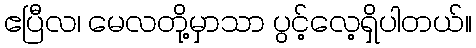
ဧပြီလ၊ မေလတို့မှာသာ ပွင့်လေ့ရှိပါတယ်။